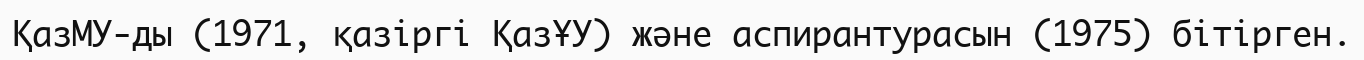
ҚазМУ-ды (1971, қазіргі ҚазҰУ) және аспирантурасын (1975) бітірген.